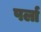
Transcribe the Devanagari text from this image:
पर्ला